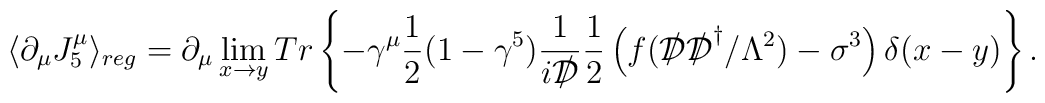
\langle \partial_\mu J^\mu_5 \rangle_{reg} =\partial_\mu \lim_{x \rightarrow y}Tr\left\{-\gamma^\mu\frac{1}{2}(1-\gamma^5){\frac{1}{i{{\cal D}\kern-0.15em\raise0.17ex\llap{/}\kern0.15em\relax}}}\frac{1}{2}\left(f({{\cal D}\kern-0.15em\raise0.17ex\llap{/}\kern0.15em\relax}{{\cal D}\kern-0.15em\raise0.17ex\llap{/}\kern0.15em\relax}^\dagger/\Lambda^2)-\sigma^3\right)\delta(x-y)\right\}.